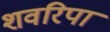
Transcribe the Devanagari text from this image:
शवरिपा